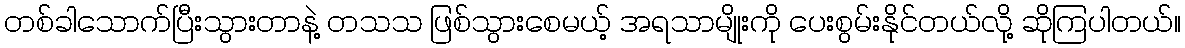
တစ်ခါသောက်ပြီးသွားတာနဲ့ တသသ ဖြစ်သွားစေမယ့် အရသာမျိုးကို ပေးစွမ်းနိုင်တယ်လို့ ဆိုကြပါတယ်။